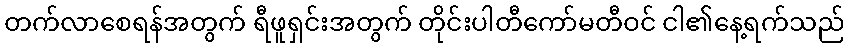
တက်လာစေရန်အတွက် ရီဖူရှင်းအတွက် တိုင်းပါတီကော်မတီဝင် ငါ၏နေ့ရက်သည်